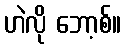
ဟဲလို ဘော့စ်။